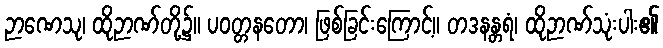
ဉာဏေသု၊ ထိုဉာဏ်တို့၌။ ပဝတ္တနတော၊ ဖြစ်ခြင်းကြောင့်။ တဒနန္တရံ၊ ထိုဉာဏ်သုံးပါး၏